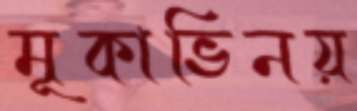
মূকাভিনয়